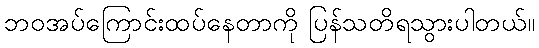
ဘဝအပ်ကြောင်းထပ်နေတာကို ပြန်သတိရသွားပါတယ်။